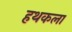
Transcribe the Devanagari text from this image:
हथकला